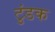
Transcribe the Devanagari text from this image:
टुंडक